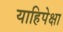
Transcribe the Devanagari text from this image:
याहिपेक्षा